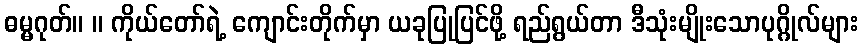
ဓမ္မဂုတ်။ ။ ကိုယ်တော်ရဲ့ ကျောင်းတိုက်မှာ ယခုပြုပြင်ဖို့ ရည်ရွယ်တာ ဒီသုံးမျိုးသောပုဂ္ဂိုလ်များ